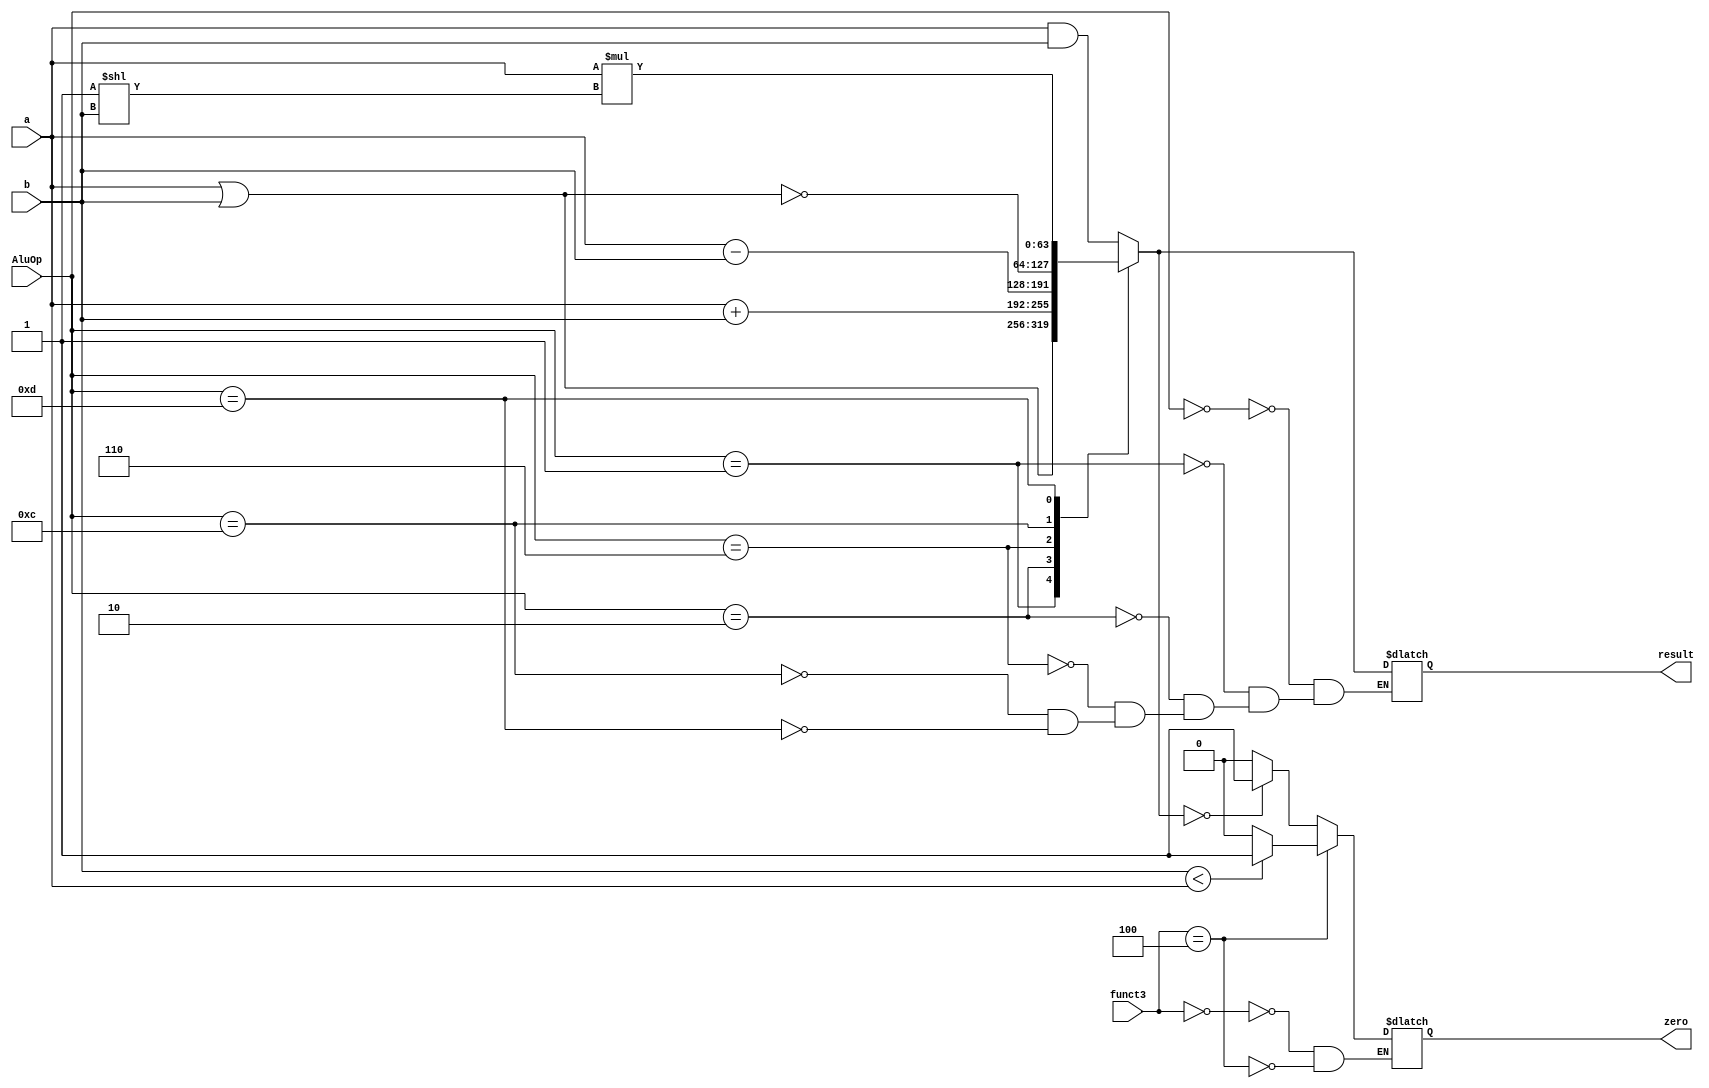
`timescale 1ns / 1ps
//////////////////////////////////////////////////////////////////////////////////
// Company: 
// Engineer: 
// 
// Design Name: 
// Module Name: ALU_64_bit
// Project Name: 
// Target Devices: 
// Tool Versions: 
// Description: 
// 
// Dependencies: 
// 
// Revision:
// Revision 0.01 - File Created
// Additional Comments:
// 
//////////////////////////////////////////////////////////////////////////////////

module ALU_64_bit(a, b, AluOp,funct3, zero, result);
  input [63:0] a;
  input [63:0] b;
  input [3:0] AluOp;
  input [2:0] funct3;
  output reg zero;
  output reg [63:0] result;
  
  always @ (*)
    begin
      case(AluOp)
        4'b0000: result = a & b;
        4'b0001: result = a | b;
        4'b0010: result = a + b;
        4'b0110: result = a - b;
        4'b1100: result = ~(a | b);
        4'b1101: result = a*(2**b);
      endcase
      
      case(funct3)
        3'b000:
          begin
            if (result == 64'b0)
              zero = 1;
            else
              zero = 0;
          end
        3'b100:
          begin
            if (b < a)
              zero = 1;
            else
              zero = 0;
          end
        
      endcase
        
    end
  
endmodule